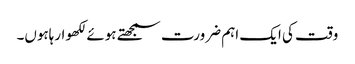
وقت کی ایک اہم ضرورت سمجھتے ہوئے لکھوارہاہوں۔